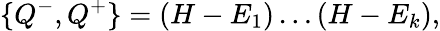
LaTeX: \{ Q^{-},Q^{+}\} =\left(H-E_{1}\right)\ldots\left(H-E_{k}\right),